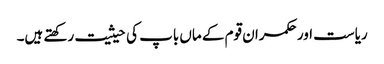
ریاست اور حکمران قوم کے ماں باپ کی حیثیت رکھتے ہیں۔